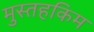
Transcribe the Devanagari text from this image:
मुस्तहकिम